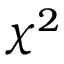
\chi ^ { 2 }